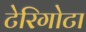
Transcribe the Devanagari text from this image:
टेरिगोटा